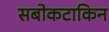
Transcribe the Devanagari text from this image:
सबोकटाकिन